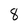
Character: 8